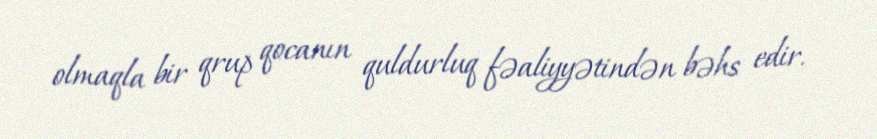
olmaqla bir qrup qocanın quldurluq fəaliyyətindən bəhs edir.